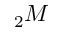
_ { 2 } M